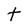
Character: t